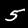
Label: 5